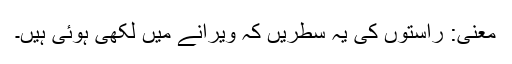
معنی: راستوں کی یہ سطریں کہ ویرانے میں لکھی ہوئی ہیں۔